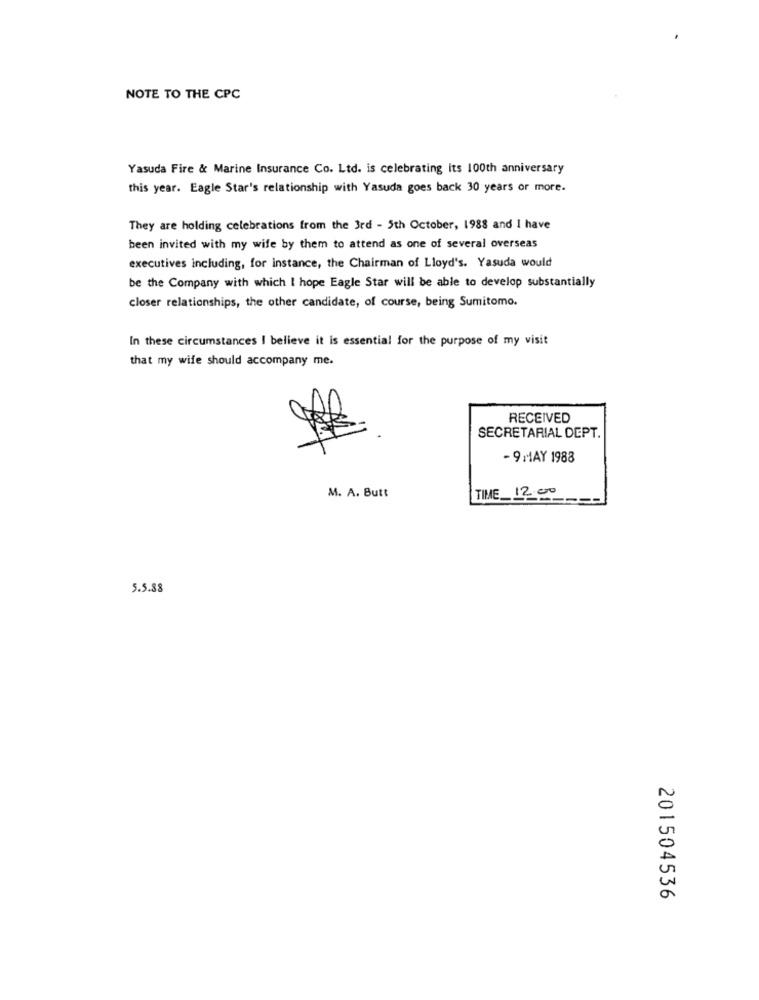
NOTE TO THE CPC
Yasuda Fire & Marine Insurance Co. Ltd. is celebrating its 100th anniversary
this year. Eagle Star's relationship with Yasuda goes back 30 years or more.
They are holding celebrations from the 3rd - 5th October, 1988 and I have
been invited with my wife by them to attend as one of several overseas
executives including, for instance, the Chairman of Lloyd's. Yasuda would
be the Company with which I hope Eagle Star will be able to develop substantially
closer relationships, the other candidate, of course, being Sumitomo.
In these circumstances I believe it is essential for the purpose of my visit
that my wife should accompany me.
RECEIVED
SECRETARIAL DEPT.
- 9 MAY 1988
M. A. Butt
TIME 12.00
5.5.88
201504536